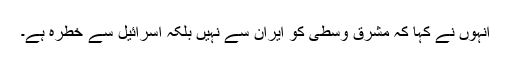
انہوں نے کہا کہ مشرق وسطیٰ کو ایران سے نہیں بلکہ اسرائیل سے خطرہ ہے۔